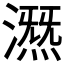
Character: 𣾤